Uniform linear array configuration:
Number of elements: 8
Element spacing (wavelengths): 0.25
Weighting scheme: kaiser
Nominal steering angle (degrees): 60
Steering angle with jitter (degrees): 59.319
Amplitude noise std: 0.05
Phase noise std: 0.05

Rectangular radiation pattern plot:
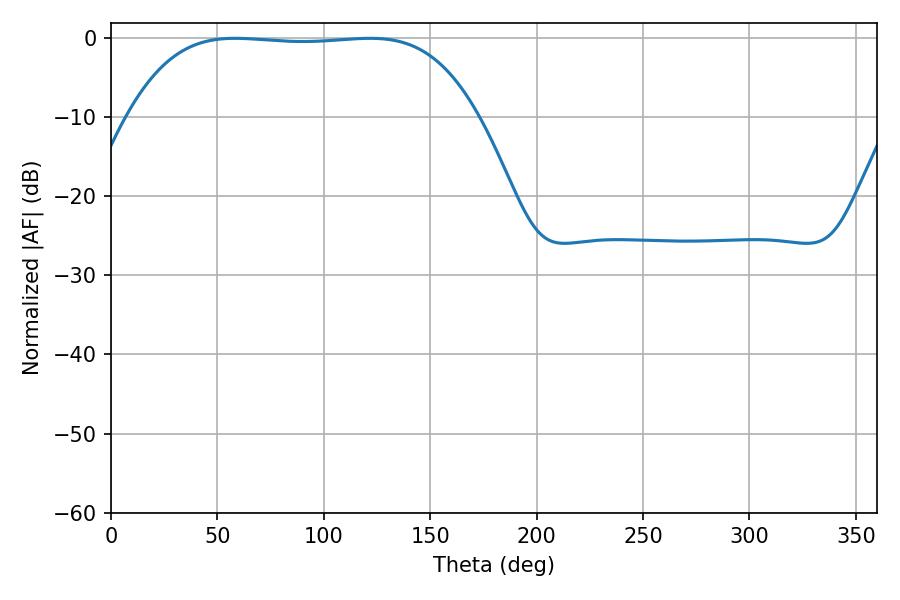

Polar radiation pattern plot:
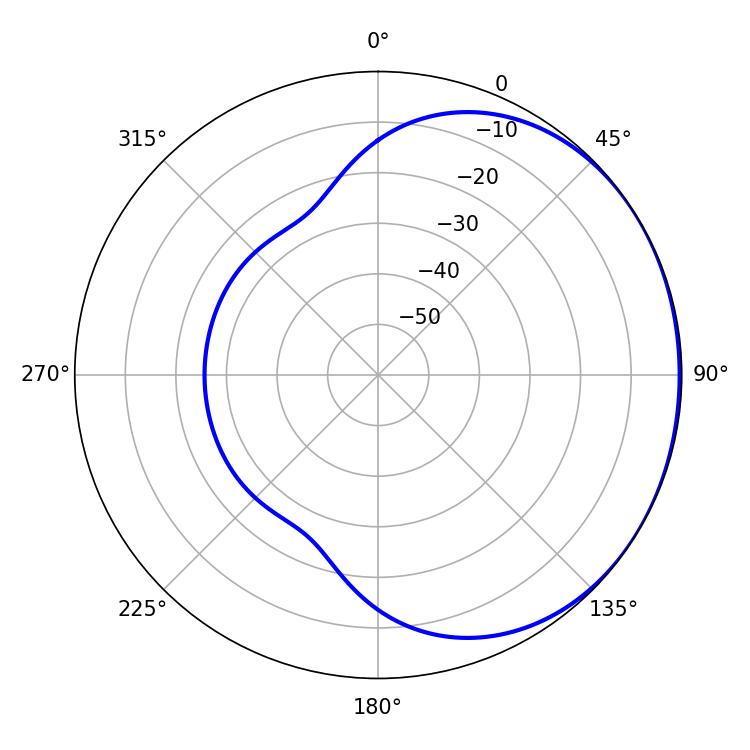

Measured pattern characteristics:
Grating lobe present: FALSE
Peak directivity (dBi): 0.7265
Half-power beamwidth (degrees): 127.08
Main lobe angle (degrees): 58.32